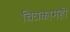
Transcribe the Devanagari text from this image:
चित्रकामही